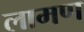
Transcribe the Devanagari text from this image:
लामण